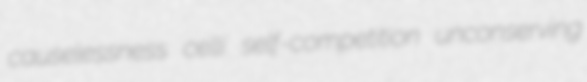
causelessness celli self-competition unconserving